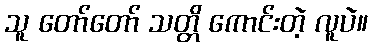
သူ တော်တော် သတ္တိ ကောင်းတဲ့ လူပဲ။